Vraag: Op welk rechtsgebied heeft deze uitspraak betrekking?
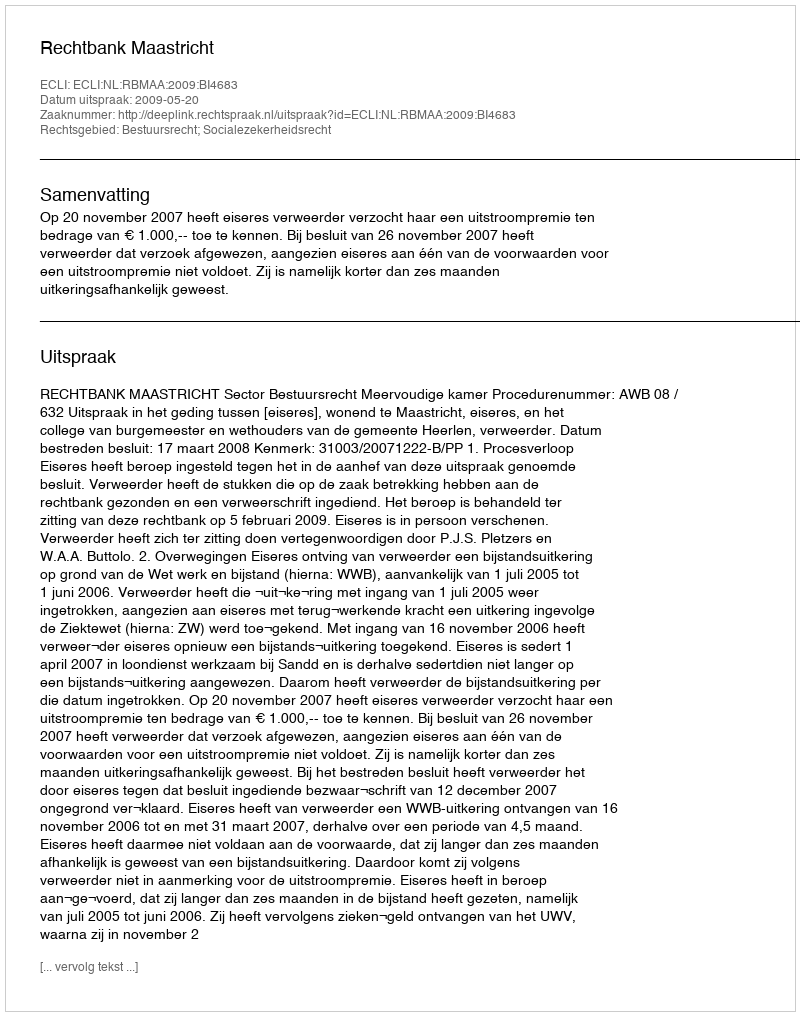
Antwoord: Bestuursrecht; Socialezekerheidsrecht